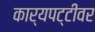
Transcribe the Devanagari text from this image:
कार्यपट्टीवर